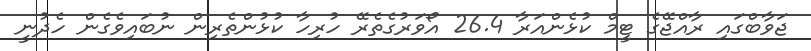
ޖަވާބްގައި ރާއްޖޭގެ ޓީމް ކުޅެންއަރާ 26.4 އޯވަރުގެތެރޭ ހުރިހާ ކުޅުންތެރިން ނުބައިވެގެން ހެދުނީ